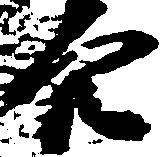
穴